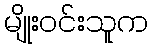
မျိုးဝင်းသူက